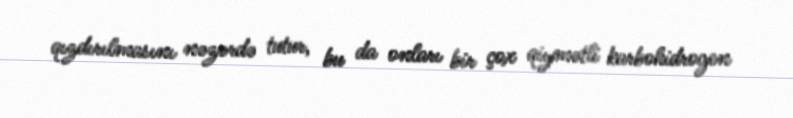
qızdırılmasını nəzərdə tutur, bu da onları bir çox qiymətli karbohidrogen